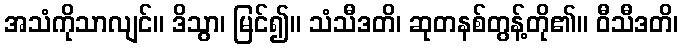
အသံကိုသာလျင်။ ဒိသွာ၊ မြင်၍။ သံသီဒတိ၊ ဆုတနစ်တွန့်တို၏။ ဝီသီဒတိ၊